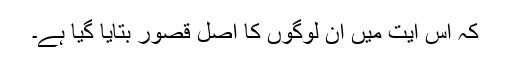
کہ اس آیت میں ان لوگوں کا اصل قصور بتایا گیا ہے۔